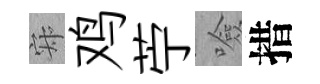
寂鸡苧噞措